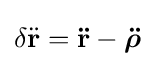
\delta {\ddot {\mathbf {r} }}=\mathbf {\ddot {r}} -{\boldsymbol {\ddot {\rho }}}